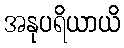
အနုပရိယာယိ